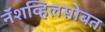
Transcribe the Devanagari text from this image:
नॅशव्हिलसोबत